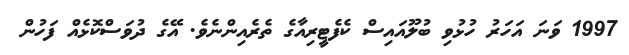
1997 ވަނަ އަހަރު ހުޅުވި ބުލޫއައިސް ކެފެޓީރިއާގެ ތެރެއިންނެވެ. އޭގެ ދުވަސްކޮޅެއް ފަހުން